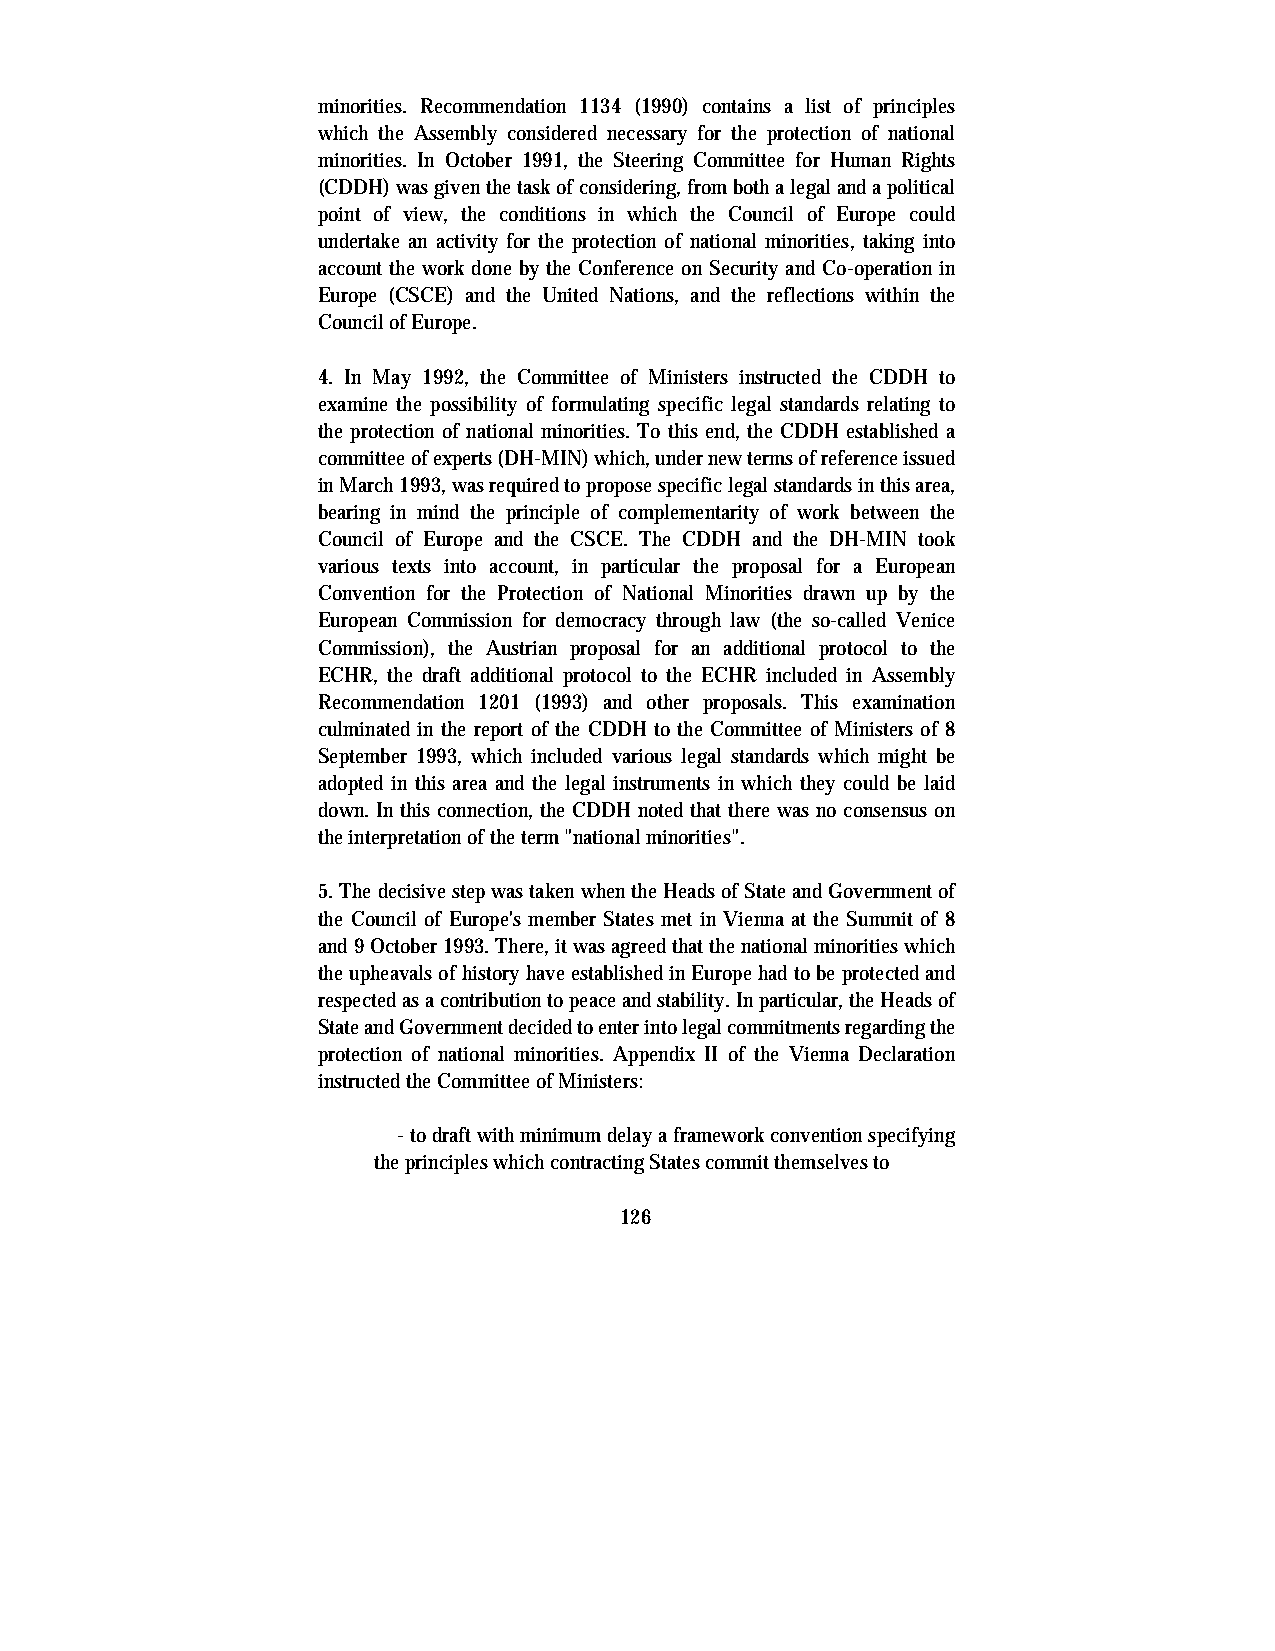
minorities. Recommendation 1134 (1990) contains a list of principles
 which the Assembly considered necessary for the protection of national
 minorities. In October 1991, the Steering Committee for Human Rights
 (CDDH) was given the task of considering, from both a legal and a political
 point of view, the conditions in which the Council of Europe could
 undertake an activity for the protection of national minorities, taking into
 account the work done by the Conference on Security and Co-operation in
 Europe (CSCE) and the United Nations, and the reflections within the
 Council of Europe.
 4. In May 1992, the Committee of Ministers instructed the CDDH to
 examine the possibility of formulating specific legal standards relating to
 the protection of national minorities. To this end, the CDDH established a
 committee of experts (DH-MIN) which, under new terms of reference issued
 in March 1993, was required to propose specific legal standards in this area,
 bearing in mind the principle of complementarity of work between the
 Council of Europe and the CSCE. The CDDH and the DH-MIN took
 various texts into account, in particular the proposal for a European
 Convention for the Protection of National Minorities drawn up by the
 European Commission for democracy through law (the so-called Venice
 Commission), the Austrian proposal for an additional protocol to the
 ECHR, the draft additional protocol to the ECHR included in Assembly
 Recommendation 1201 (1993) and other proposals. This examination
 culminated in the report of the CDDH to the Committee of Ministers of 8
 September 1993, which included various legal standards which might be
 adopted in this area and the legal instruments in which they could be laid
 down. In this connection, the CDDH noted that there was no consensus on
 the interpretation of the term "national minorities".
 5. The decisive step was taken when the Heads of State and Government of
 the Council of Europe's member States met in Vienna at the Summit of 8
 and 9 October 1993. There, it was agreed that the national minorities which
 the upheavals of history have established in Europe had to be protected and
 respected as a contribution to peace and stability. In particular, the Heads of
 State and Government decided to enter into legal commitments regarding the
 protection of national minorities. Appendix II of the Vienna Declaration
 instructed the Committee of Ministers:
 - to draft with minimum delay a framework convention specifying
 the principles which contracting States commit themselves to
 126